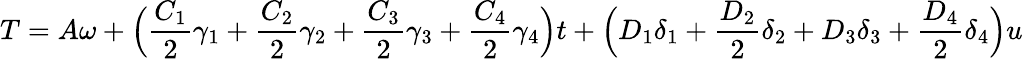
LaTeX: T=A\omega+\Big(\frac{C_{1}}{2}\gamma_{1}+\frac{C_{2}}{2}\gamma_{2}+\frac{C_{3}}{2}\gamma_{3}+\frac{C_{4}}{2}\gamma_{4}\Big)t+\Big(D_{1}\delta_{1}+\frac{D_{2}}{2}\delta_{2}+D_{3}\delta_{3}+\frac{D_{4}}{2}\delta_{4}\Big)u